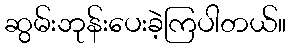
ဆွမ်းဘုန်းပေးခဲ့ကြပါတယ်။